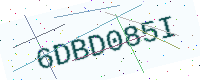
Text: 6DBD085I